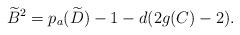
LaTeX: \begin{align*}\widetilde{B}^2= p_a(\widetilde{D})-1-d(2g(C)-2).\end{align*}